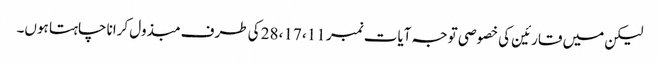
لیکن میں قارئین کی خصوصی توجہ آیات نمبر 11، 17، 28 کی طرف مبذول کرانا چاہتا ہوں۔